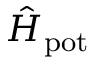
\hat { H } _ { \mathrm { p o t } }